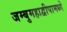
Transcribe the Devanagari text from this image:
जम्बुमहाद्वीपामध्ये